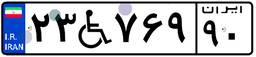
۹۵W۲۶۰۹۹